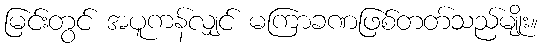
မြင်းတွင် အပူကန်လျှင် မကြာခဏဖြစ်တတ်သည်မျိုး။